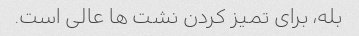
بله، برای تمیز کردن نشت ها عالی است.